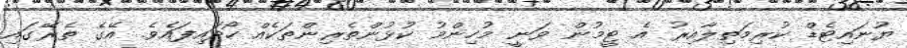
ޔުނައިޓެޑް ކުރިމަތިލާއިރު އެ ޓީމުން ވަނީ މުހިންމު ކުޅުންތެރިންތަކެއް ހޯދައިފައެވެ. އޭގެ ތެރޭގައި